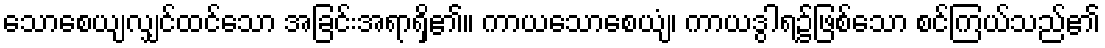
သောစေယျလျှင်ထင်သော အခြင်းအရာရှိ၏။ ကာယသောစေယျံ၊ ကာယဒွါရ၌ဖြစ်သော စင်ကြယ်သည်၏